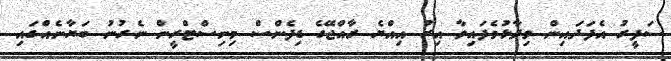
ސަފީރު އެފަދައިން ވިދާޅުވެފައިވާ އިރު އިއްޔެ ރާއްޖޭގެ ޑިފެންސް މިނިސްޓްރީން ނެރުނު ބަޔާނެއްގައި